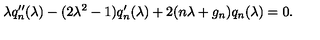
\lambda q ^ { \prime \prime } \sb n ( \lambda ) - ( 2 \lambda ^ { 2 } - 1 ) q ^ { \prime } \sb n ( \lambda ) + 2 ( n \lambda + g \sb n ) q \sb n ( \lambda ) = 0 .